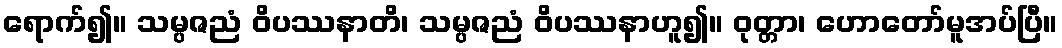
ရောက်၍။ သမ္ပဇညံ ဝိပဿနာတိ၊ သမ္ပဇညံ ဝိပဿနာဟူ၍။ ဝုတ္တာ၊ ဟောတော်မူအပ်ပြီ။